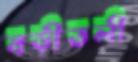
বড়ীতলী